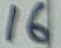
Text: 16